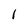
Character: 1